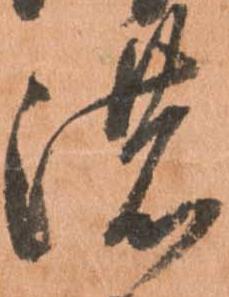
濃